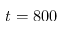
t = 8 0 0